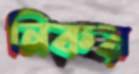
নিকয়